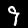
Label: 9